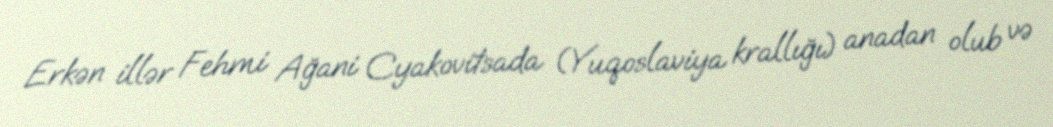
Erkən illər Fehmi Ağani Cyakovitsada (Yuqoslaviya krallığı) anadan olub və